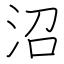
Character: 沼